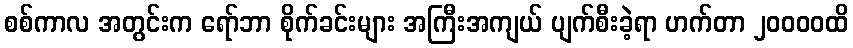
စစ်ကာလ အတွင်းက ရော်ဘာ စိုက်ခင်းများ အကြီးအကျယ် ပျက်စီးခဲ့ရာ ဟက်တာ ၂၀၀၀၀ထိ